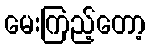
မေးကြည့်တော့